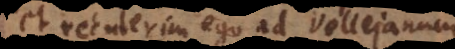
et retulerim ego ad Vellejanum